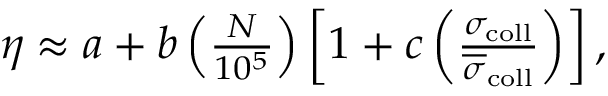
\begin{array} { r } { \eta \approx a + b \left( \frac { N } { 1 0 ^ { 5 } } \right) \left[ 1 + c \left( \frac { \sigma _ { \mathrm { c o l l } } } { \overline { { \sigma } } _ { \mathrm { c o l l } } } \right) \right] , } \end{array}